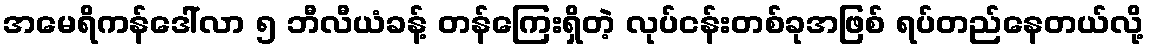
အမေရိကန်ဒေါ်လာ ၅ ဘီလီယံခန့် တန်ကြေးရှိတဲ့ လုပ်ငန်းတစ်ခုအဖြစ် ရပ်တည်နေတယ်လို့